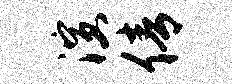
演倩